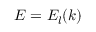
E = E _ { l } ( k )